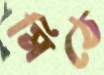
মিঠে